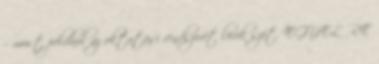
– most például az oktatási rendszerét lövik szét. EGYELŐRE